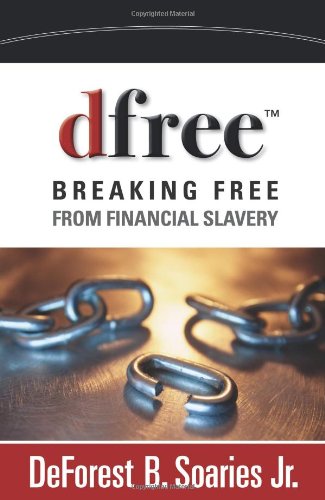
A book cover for dfree: Breaking Free from Financial Slavery; DeForest B. Soaries  Jr.; Business & Money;